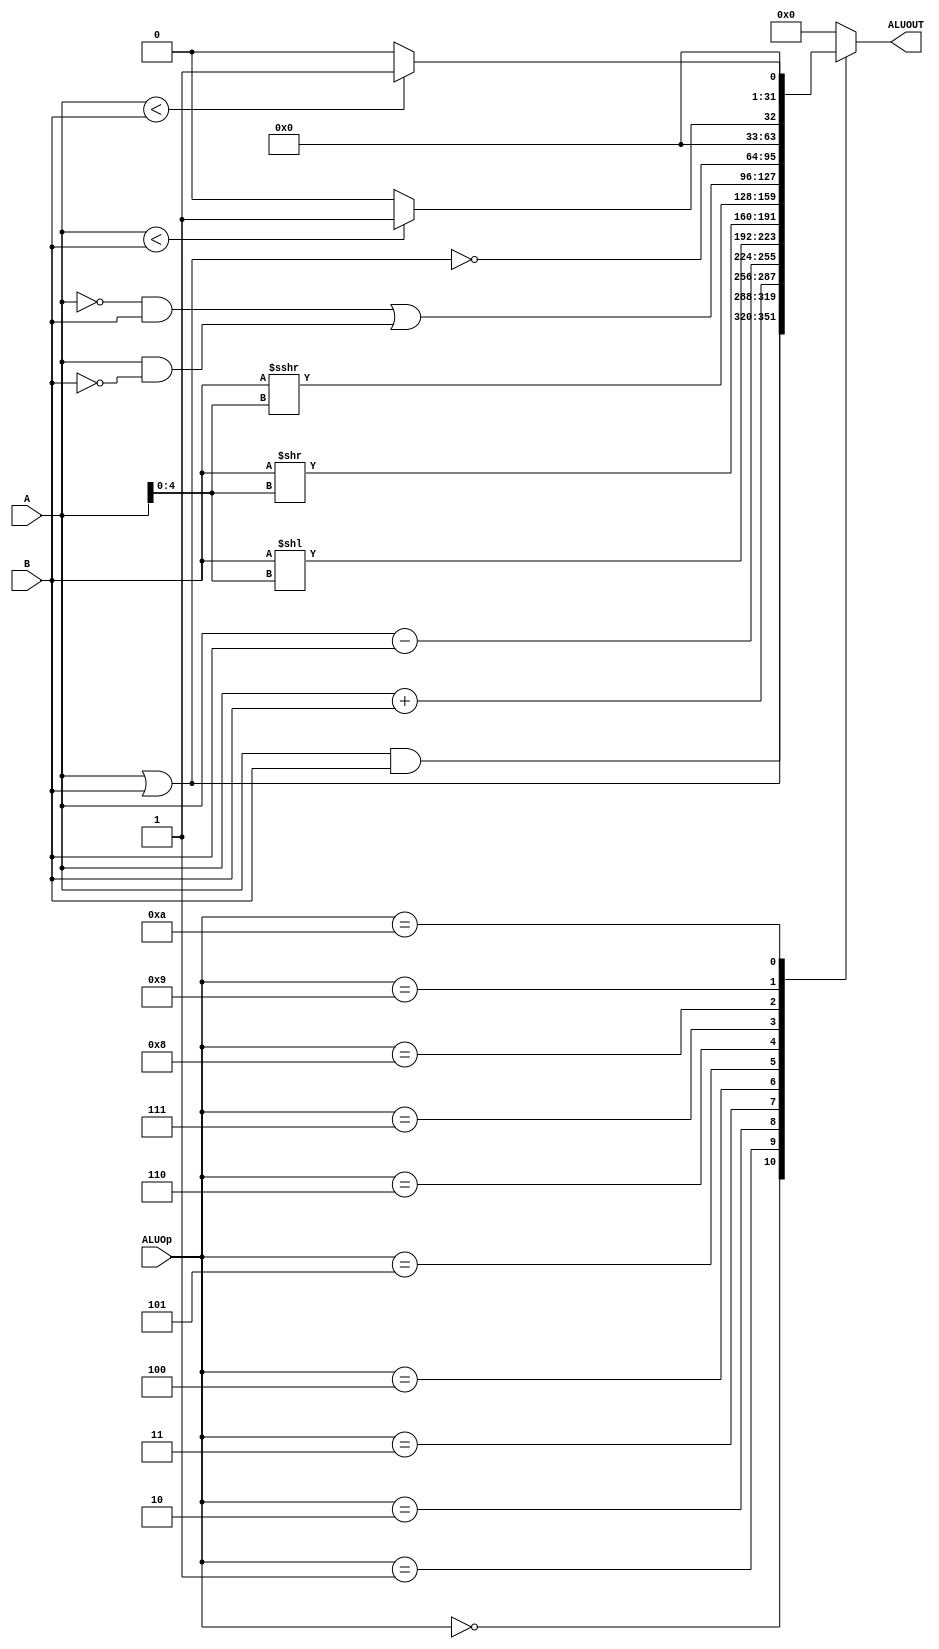
`timescale 1ns / 1ps
//////////////////////////////////////////////////////////////////////////////////
// Company: 
// Engineer: 
// 
// Design Name: 
// Module Name:    ALU 
// Project Name: 
// Target Devices: 
// Tool versions: 
// Description: 
//
// Dependencies: 
//
// Revision: 
// Revision 0.01 - File Created
// Additional Comments: 
//
//////////////////////////////////////////////////////////////////////////////////
module ALU(
    input [31:0] A,
    input [31:0] B,
    input [3:0] ALUOp,
    output reg [31:0] ALUOUT
    );

	always @ ( * ) begin
		case (ALUOp)
			4'b0000: ALUOUT <= A & B;
			4'b0001: ALUOUT <= A | B;
			4'b0010: ALUOUT <= A + B;
			4'b0011: ALUOUT <= A - B;
			4'b0100: ALUOUT <= B << A[4:0];
			4'b0101: ALUOUT <= B >> A[4:0];
			4'b0110: ALUOUT <= $signed($signed(B) >>> A[4:0]);
			4'b0111: ALUOUT <= (~A & B)|(A & ~B);
			4'b1000: ALUOUT <= ~(A | B);
			4'b1001: ALUOUT <= ($signed(A)<$signed(B)) ? 32'h00000001 : 32'h00000000;
			4'b1010: ALUOUT <= (A < B) ? 32'h00000001 : 32'h00000000;
			default: ALUOUT <= 32'h00000000;
		endcase
	end

endmodule